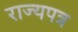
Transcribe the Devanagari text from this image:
राज्यपत्र